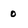
Character: 0